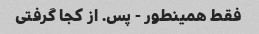
فقط همینطور - پس. از کجا گرفتی